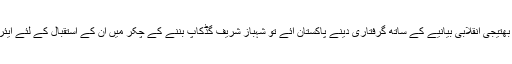
اور تواور جب ان کے بھائی اور بھتیجی انقلابی بیانیے کے ساتھ گرفتاری دینے پاکستان آئے تو شہباز شریف گڈکاپ بننے کے چکر میں ان کے استقبال کے لئے ایئرپورٹ تک بھی نہیں پہنچ سکے۔